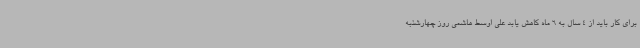
برای کار باید از 4 سال به 6 ماه کاهش یابد علی اوسط هاشمی روز چهارشنبه